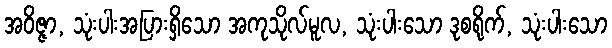
အဝိဇ္ဇာ, သုံးပါးအပြားရှိသော အကုသိုလ်မူလ, သုံးပါးသော ဒုစရိုက်, သုံးပါးသော